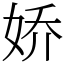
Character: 娇